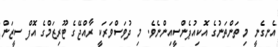
އެނގެނީ މި ތަންތަނުގެ އޮކިއުޕެންސީއިންނެވެ. މި ދުވަސްވަރަކީ ރާއްޖޭގެ ޓޫރިޒަމްގެ އޮފް ސީޒަން